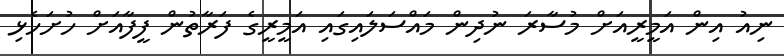
ނިއު އިން އަމީރީއަށް މުސާރަ ނުދިން މައްސަލައިގައި އަމީރީގެ ފަރާތުން ފީފާއަށް ހުށަހެޅި